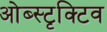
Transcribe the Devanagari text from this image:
ओब्स्टृक्टिव